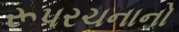
રૂપરચનાનો